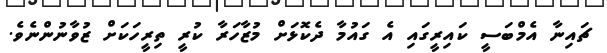
ޗައިނާ އެމްބަސީ ކައިރީގައި އެ ގައުމާ ދެކޮޅަށް މުޒާހަރާ ކުރީ ތިރީހަކަށް ޒުވާނުންނެވެ.